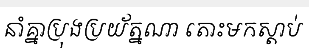
នាំគ្នាប្រុងប្រយ័ត្នណា តោះមកស្តាប់